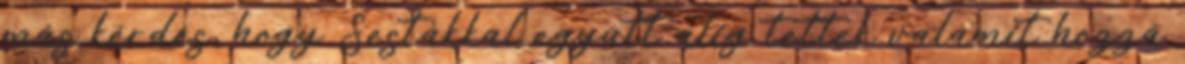
más kérdés, hogy Sestákkal együtt alig tettek valamit hozzá